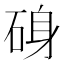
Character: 𮀝